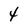
Character: 4